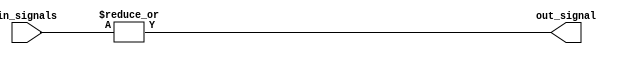
module eight_input_OR(
    input [7:0] in_signals,
    output out_signal
);

assign out_signal = |in_signals;

endmodule